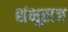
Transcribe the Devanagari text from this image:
शंभूराज